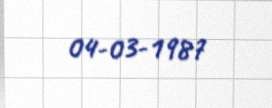
04-03-1987